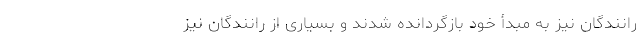
رانندگان نیز به مبدأ خود بازگردانده شدند و بسیاری از رانندگان نیز